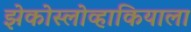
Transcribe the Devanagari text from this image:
झेकोस्लोव्हाकियाला